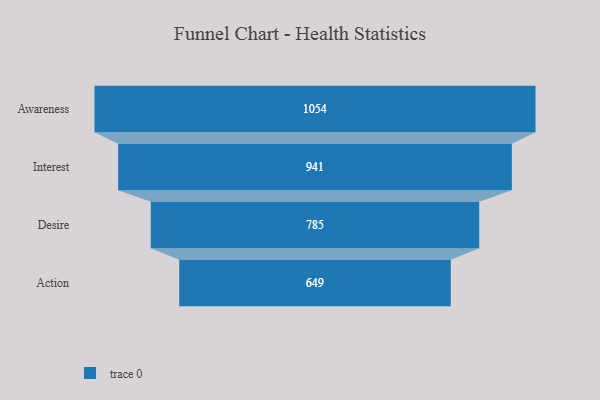
{"axis": {"x": "Stage", "y": "Value"}, "legend": [""], "data": [{"x": "Awareness", "y": 1054.0, "type": ""}, {"x": "Interest", "y": 941.0, "type": ""}, {"x": "Desire", "y": 785.0, "type": ""}, {"x": "Action", "y": 649.0, "type": ""}]}